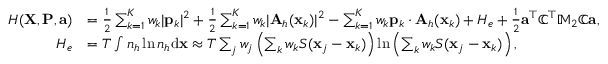
\begin{array} { r l } { H ( { \mathbf X } , { \mathbf P } , { \mathbf a } ) } & { = \frac { 1 } { 2 } \sum _ { k = 1 } ^ { K } w _ { k } | { \mathbf p } _ { k } | ^ { 2 } + \frac { 1 } { 2 } \sum _ { k = 1 } ^ { K } w _ { k } | { \mathbf A } _ { h } ( { \mathbf x } _ { k } ) | ^ { 2 } - \sum _ { k = 1 } ^ { K } w _ { k } { \mathbf p } _ { k } \cdot { \mathbf A } _ { h } ( { \mathbf x } _ { k } ) + H _ { e } + \frac { 1 } { 2 } { \mathbf a } ^ { \top } \mathbb { C } ^ { \top } \mathbb { M } _ { 2 } \mathbb { C } { \mathbf a } , } \\ { H _ { e } } & { = T \int { n } _ { h } \ln { n } _ { h } \mathrm { d } { \mathbf x } \approx T \sum _ { j } w _ { j } \left( \sum _ { k } w _ { k } S ( { \mathbf x } _ { j } - { \mathbf x } _ { k } ) \right) \ln \left( \sum _ { k } w _ { k } S ( { \mathbf x } _ { j } - { \mathbf x } _ { k } ) \right) , } \end{array}